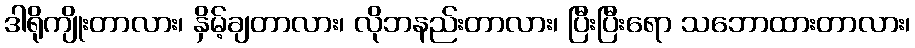
ဒါရိုကျိုးတာလား၊ နှိမ့်ချတာလား၊ လိုဘနည်းတာလား၊ ပြီးပြီးရော သဘောထားတာလား၊